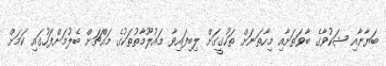
ބަޔާނާއި ޝަކުވާގެ ބާވަތަށާއި މިހާތަނަށް ތަހުގީގަށް ލިބިފައިވާ މައުލޫމާތުތަކުގެ މައްޗަށް ބެލުމަށްފަހުގައި ކަމަށް